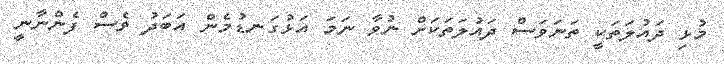
މުޅި ދައުލަތަކީ ތަނަވަސް ދައުލަތަކަށް ނުވާ ނަމަ އަޅުގަނޑުމެން އަބަދު ވެސް ފެންނާނީ